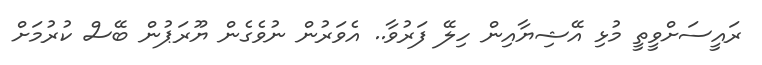
ރައީސަށްވީތީ މުޅި އޭޝިޔާއިން ހިލޭ ފަރުވާ.. އެވަރުން ނުވެގެން ޔޫރަޕުން ބޭސް ކުރުމަށް